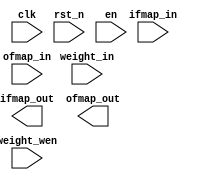
module mac
#(
  parameter IFMAP_WIDTH = 16,
  parameter WEIGHT_WIDTH = 16,
  parameter OFMAP_WIDTH = 32
)(
  input clk,
  input rst_n,
  input en,
  input weight_wen,
  input signed [IFMAP_WIDTH - 1 : 0] ifmap_in,
  input signed [WEIGHT_WIDTH - 1 : 0] weight_in,
  input signed [OFMAP_WIDTH - 1 : 0] ofmap_in,
  output signed [IFMAP_WIDTH - 1 : 0] ifmap_out,
  output signed [OFMAP_WIDTH - 1 : 0] ofmap_out
);

  reg signed [WEIGHT_WIDTH - 1 : 0] weight_r;
  reg signed [IFMAP_WIDTH - 1 : 0] ifmap_r;
  reg signed [OFMAP_WIDTH - 1 : 0] ofmap_r;
 
  // Implement the functionality of a scalar multiply-accumulate (MAC) unit.
  // This unit performs one multiply and one accumulate per cycle. The
  // functionality should be identical to the figure shown in the homework
  // pdf: the current input (ifmap_in) is multiplied with the stored weight
  // (weight_r) and added to the current output (ofmap_in), and the result is
  // stored in the output register (ofmap_r). The input and output registers
  // are only updated if en is high. Registered input and output are sent out.

  // If weight_en is high, then store the incoming weight (weight_in) into the
  // weight register (weight_r).
  
  // Synchronously reset all registers when rst_n is low.

  // Your code starts here

  // Your code ends here
endmodule